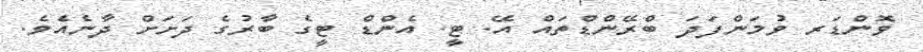
ވޮންޑަރ ވުމަންފަދަ ބްރޭންޑްތައް އޭ. ޓީ. އެންޑް ޓީގެ ބާރުގެ ދަށަށް ދާނެއެވެ.